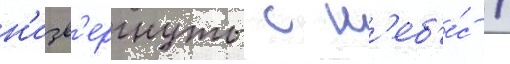
н'изв'ергнуты с н'еб'е́с /